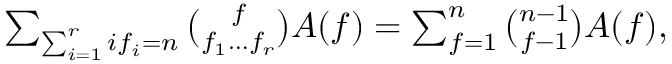
\begin{array} { r } { \sum _ { \sum _ { i = 1 } ^ { r } i f _ { i } = n } \binom { f } { f _ { 1 } \ldots f _ { r } } A ( f ) = \sum _ { f = 1 } ^ { n } \binom { n - 1 } { f - 1 } A ( f ) , } \end{array}